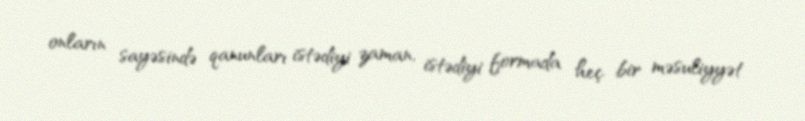
onların sayəsində qanunları istədiyi zaman, istədiyi formada heç bir məsuliyyət